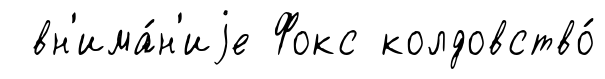
вн'има́н'иjе Фокс колдовство́